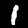
Label: 1